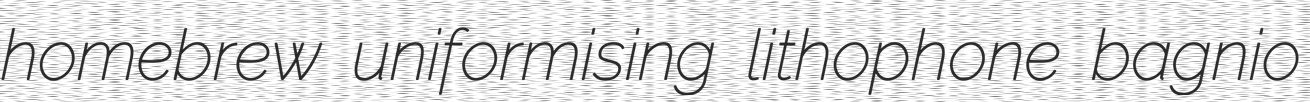
homebrew uniformising lithophone bagnio